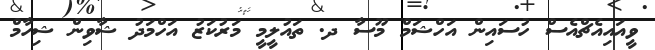
ވީއައިއެޗްއެސް ހުސައިން އަހްޝަމް މޫސާ ދ. ތައުލީމީ މަރުކަޒު އަހްމަދު ޝާވިން ޝިހާމް